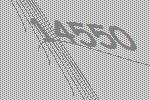
14550